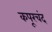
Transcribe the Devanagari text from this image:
कपूरचंद